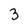
Character: 3